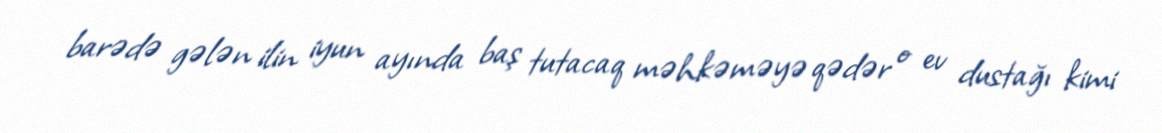
barədə gələn ilin iyun ayında baş tutacaq məhkəməyə qədər o ev dustağı kimi